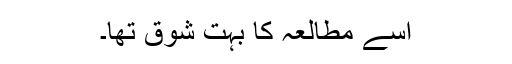
اسے مطالعہ کا بہت شوق تھا۔